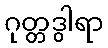
ဂုတ္တဒွါရာ